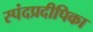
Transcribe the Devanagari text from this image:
स्पंदप्रदीपिका